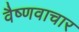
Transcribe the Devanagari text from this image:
वैष्णवाचार